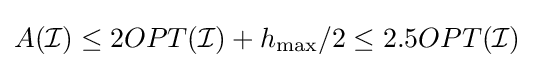
A({\mathcal {I}})\leq 2OPT({\mathcal {I}})+h_{\max }/2\leq 2.5OPT({\mathcal {I}})